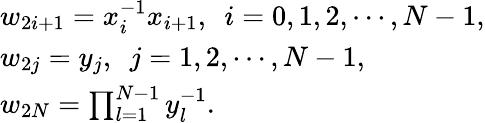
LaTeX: \begin{array}{l}{{w_{2i+1}=x_{i}^{-1}x_{i+1},~~i=0,1,2,\cdots,N-1,}}\\ {{w_{2j}=y_{j},~~j=1,2,\cdots,N-1,}}\\ {{w_{2N}=\prod_{l=1}^{N-1}y_{l}^{-1}.}}\end{array}